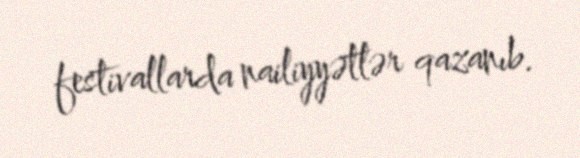
festivallarda nailiyyətlər qazanıb.